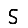
Digit: 5